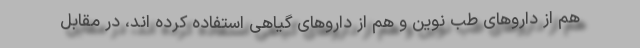
هم از داروهای طب نوین و هم از داروهای گیاهی استفاده کرده اند، در مقابل